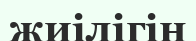
жиілігін